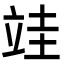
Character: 𮄭